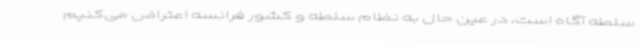
سلطه آگاه است، در عین حال به نظام سلطه و کشور فرانسه اعتراض می‌کنیم